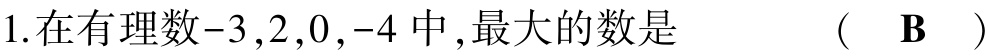
1.在有理数$-3,2,0,-4$中,最大的数是  （  $\mathbf{B}$  ）